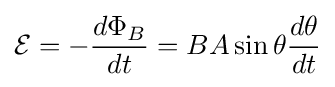
{\mathcal {E}}=-{\frac {d\Phi _{B}}{dt}}=BA\sin \theta {\frac {d\theta }{dt}}